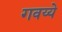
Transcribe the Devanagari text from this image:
गवय्ये